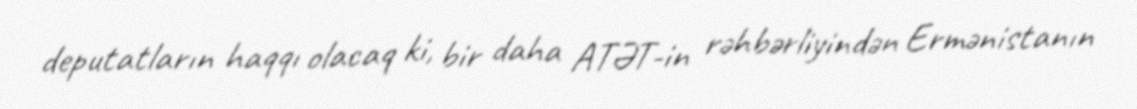
deputatların haqqı olacaq ki, bir daha ATƏT-in rəhbərliyindən Ermənistanın